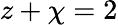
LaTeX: z+\chi=2